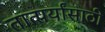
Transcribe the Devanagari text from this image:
तात्पर्यांसाठी